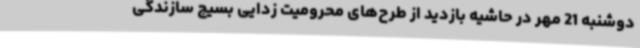
دوشنبه 21 مهر در حاشیه بازدید از طرح‌های محرومیت زدایی بسیج سازندگی